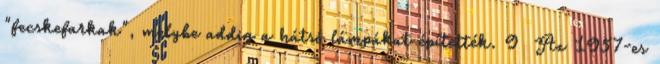
"fecskefarkak", melybe addig a hátsó lámpákat építették. 9 Az 1957-es